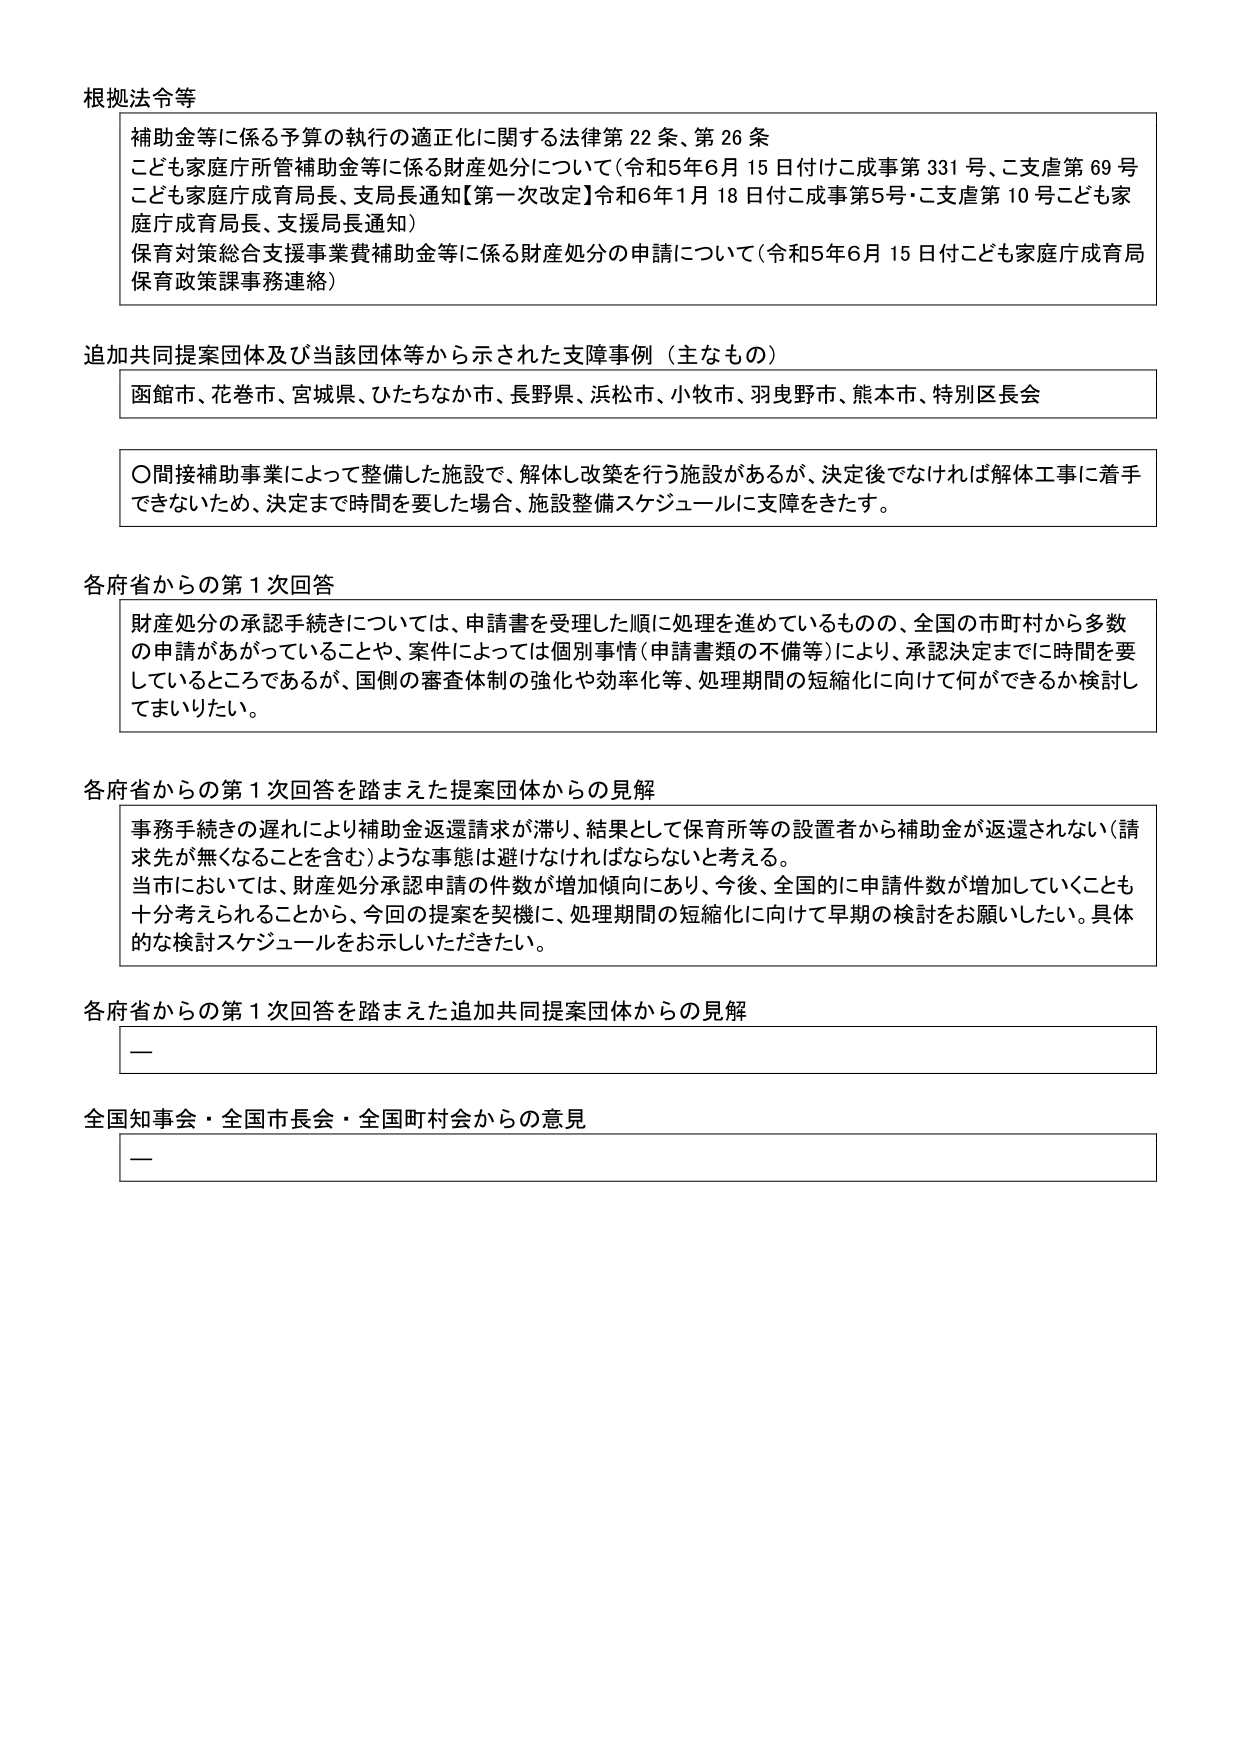
根拠法令等
補助金等に係る予算の執行の適正化に関する法律第22条、第26条
こども家庭庁所管補助金等に係る財産処分について（令和5年6月15日付けこ成事第331号、こ支虐第69号
こども家庭庁成育局長、支局長通知【第一次改定】令和6年1月18日付こ成事第5号・こ支虐第10号こども家庭庁成育局長、支援局長通知）
保育対策総合支援事業費補助金等に係る財産処分の申請について（令和5年6月15日付こども家庭庁成育局保育政策課事務連絡）

追加共同提案団体及び当該団体等から示された支障事例（主なもの）
函館市、花巻市、宮城県、ひたちなか市、長野県、浜松市、小牧市、羽曳野市、熊本市、特別区長会

〇間接補助事業によって整備した施設で、解体し改築を行う施設があるが、決定後でなければ解体工事に着手できないため、決定まで時間を要した場合、施設整備スケジュールに支障をきたす。

各府省からの第1次回答
財産処分の承認手続きについては、申請書を受理した順に処理を進めているものの、全国の市町村から多数の申請があがっていることや、案件によっては個別事情（申請書類の不備等）により、承認決定までに時間を要しているところであるが、国側の審査体制の強化や効率化等、処理期間の短縮化に向けて何ができるか検討してまいりたい。

各府省からの第1次回答を踏まえた提案団体からの見解
事務手続きの遅れにより補助金返還請求が滞り、結果として保育所等の設置者から補助金が返還されない（請求先が無くなることを含む）ような事態は避けなければならないと考える。
当市においては、財産処分承認申請の件数が増加傾向にあり、今後、全国的に申請件数が増加していくことも十分考えられることから、今回の提案を契機に、処理期間の短縮化に向けて早期の検討をお願いしたい。具体的な検討スケジュールをお示しいただきたい。

各府省からの第1次回答を踏まえた追加共同提案団体からの見解
ー

全国知事会・全国市長会・全国町村会からの意見
ー